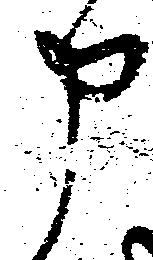
申